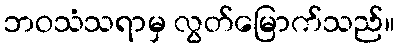
ဘဝသံသရာမှ လွတ်မြောက်သည်။